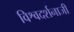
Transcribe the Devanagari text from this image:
विश्वदर्शनाजी